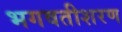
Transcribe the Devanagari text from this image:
भगवतीशरण